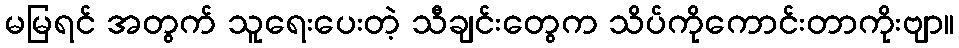
မမြရင် အတွက် သူရေးပေးတဲ့ သီချင်းတွေက သိပ်ကိုကောင်းတာကိုးဗျာ။